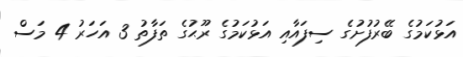
އަޅުކަމުގެ ބޭރުފުށުގެ ސިފައާއި އަޅުކަމުގެ ރޫޙުގެ ތަފާތު 3 އަހަރު 4 މަސް